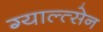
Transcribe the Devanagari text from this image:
ग्याल्त्सेन